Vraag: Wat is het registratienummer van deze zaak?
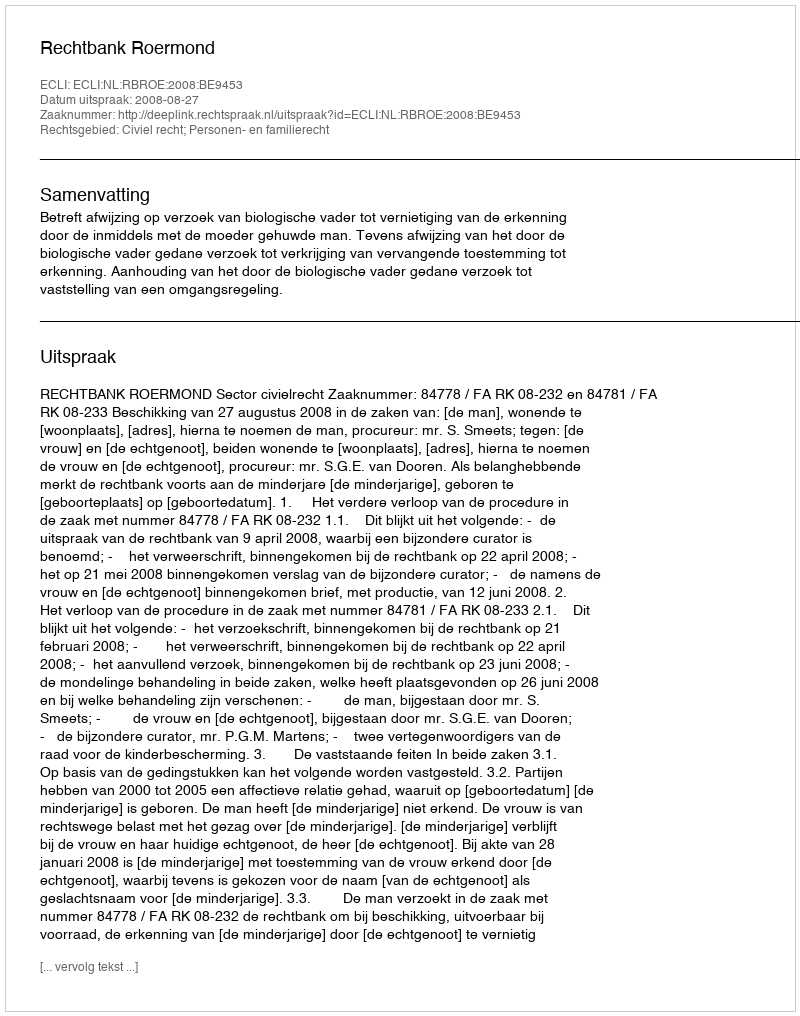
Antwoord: http://deeplink.rechtspraak.nl/uitspraak?id=ECLI:NL:RBROE:2008:BE9453